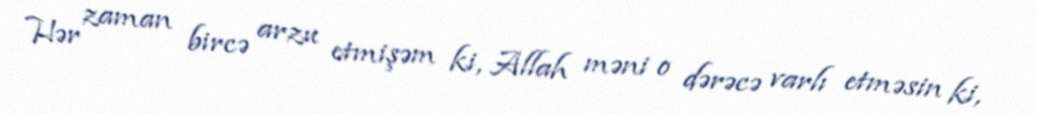
Hər zaman bircə arzu etmişəm ki, Allah məni o dərəcə varlı etməsin ki,